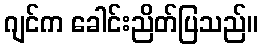
ဂျင်က ခေါင်းညိတ်ပြသည်။